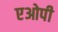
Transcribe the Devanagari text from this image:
एओपी